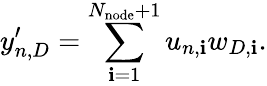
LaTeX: y_{n,D}^{\prime}=\sum_{\mathbf{i}=1}^{N_{\mathrm{{node}}}+1}u_{n,\mathbf{i}}w_{D,\mathbf{i}}.